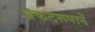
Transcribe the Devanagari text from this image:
प्रकटरूपानें